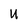
Character: U